画像に写った文字を読んでください
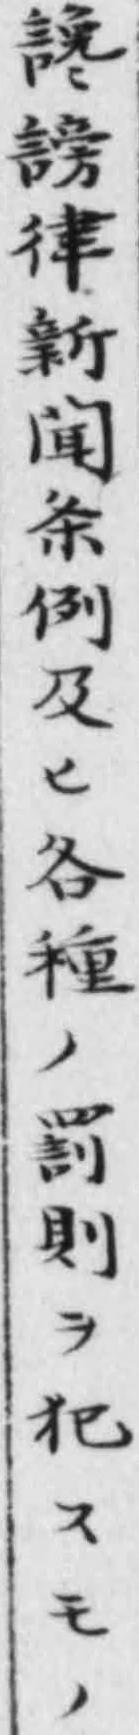
「讒謗律新闻条例及ヒ各種ノ罰則ヲ犯スモノ」と書いてあります